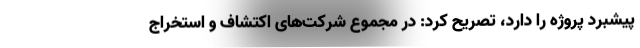
پیشبرد پروژه را دارد، تصریح کرد: در مجموع شرکت‌های اکتشاف و استخراج